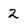
Character: 2